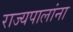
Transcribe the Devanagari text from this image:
राज्यपालांना